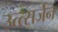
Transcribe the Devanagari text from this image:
उत्त्सर्जन